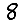
Digit: 8